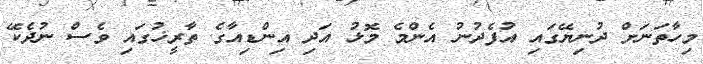
މިހާތަނަށް ދުނިޔޭގައި އުފެދުނު އެންމެ މޮޅު އަދި އިންޑިއާގެ ތާރީޚުގައި ވެސް ނުދެކޭ